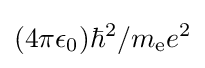
{(4\pi \epsilon _{0})\hbar ^{2}}/{m_{\text{e}}e^{2}}